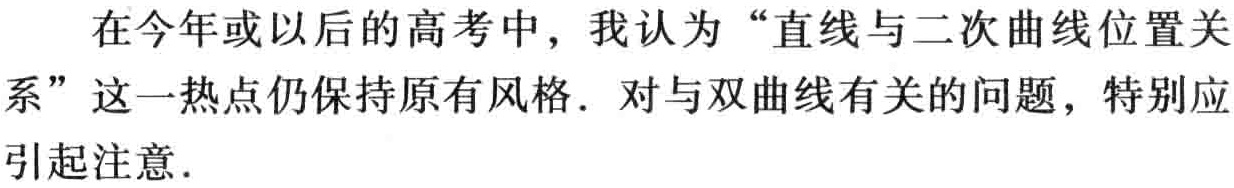
在今年或以后的高考中，我认为“直线与二次曲线位置关系”这一热点仍保持原有风格．对与双曲线有关的问题，特别应引起注意．